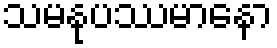
သမနုပဿမာနော